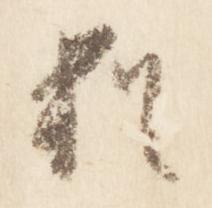
猶